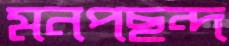
মনপছন্দ